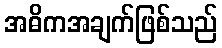
အဓိကအချက်ဖြစ်သည်